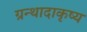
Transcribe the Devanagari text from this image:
ग्रन्थादाकृष्य